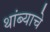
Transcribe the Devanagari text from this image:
थांब्याचे